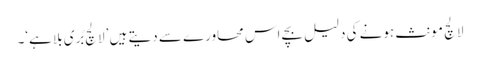
لالچ مونث ہونے کی دلیل بچے اس محاورے سے دیتے ہیں ’لالچ بُری بلا ہے‘۔